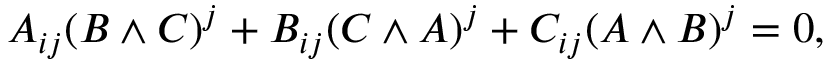
A _ { i j } ( B \wedge C ) ^ { j } + B _ { i j } ( C \wedge A ) ^ { j } + C _ { i j } ( A \wedge B ) ^ { j } = 0 ,